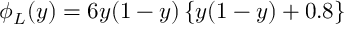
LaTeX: { \phi } _ { L } ( y ) = 6 y ( 1 - y ) \left\{ y ( 1 - y ) + 0 . 8 \right\}